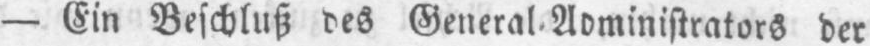
der